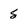
Character: 5